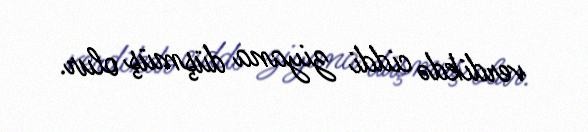
verdikdə ciddi ziyana düşmüş olur.